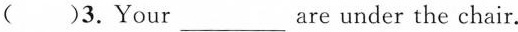
( )3.Your___are under the chair.